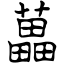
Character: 藟